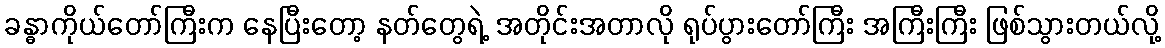
ခန္ဓာကိုယ်တော်ကြီးက နေပြီးတော့ နတ်တွေရဲ့ အတိုင်းအတာလို ရုပ်ပွားတော်ကြီး အကြီးကြီး ဖြစ်သွားတယ်လို့